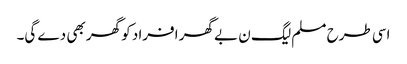
اسی طرح مسلم لیگ ن بے گھر افراد کو گھر بھی دے گی۔